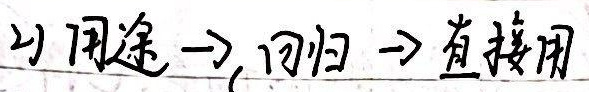
间接$\rightarrow$回归$\rightarrow$直接用